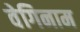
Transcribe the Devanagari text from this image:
वेगिनाम